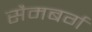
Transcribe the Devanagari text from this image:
सैमबर्ग